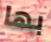
بها